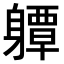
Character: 𨊈